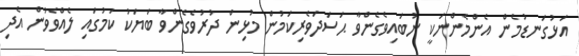
އަޅުގަނޑުމެން އެންމެންނަކީ ނުބައިވެގެންވާ ޙަސަދަވެރިކަމުން މުޅިން ދުރުވެގެންވާ ބަޔަކު ކަމުގައި ލެއްވެވުން އެދި